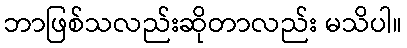
ဘာဖြစ်သလည်းဆိုတာလည်း မသိပါ။